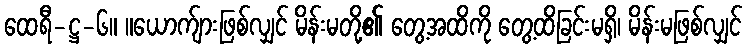
ထေရီ-ဋ္ဌ-၆။ ။ယောက်ျားဖြစ်လျှင် မိန်းမတို့၏ တွေ့အထိကို တွေ့ထိခြင်းမရှိ၊ မိန်းမဖြစ်လျှင်